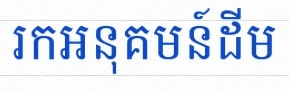
រកអនុគមន៍ដើម